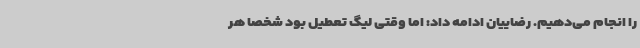
را انجام می‌دهیم. رضاییان ادامه داد: اما وقتی لیگ تعطیل بود شخصا هر